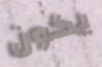
يكون